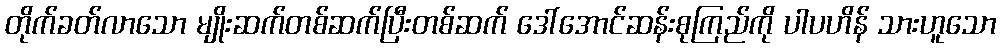
တိုက်ခတ်လာသော မျိုးဆက်တစ်ဆက်ပြီးတစ်ဆက် ဒေါ်အောင်ဆန်းစုကြည်ကို ပါပဟိန် သားဟူသော